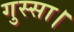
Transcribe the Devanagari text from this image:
गुस्सा।